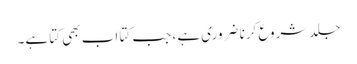
جلد شروع کرنا ضروری ہے ، جب کتا اب بھی کتا ہے۔